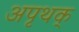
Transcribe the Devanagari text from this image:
अपृथक्